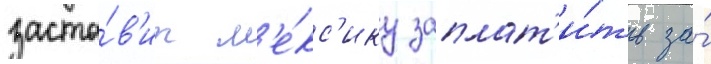
заста́в'ит м'е́кс'ику заплат'и́ть за́